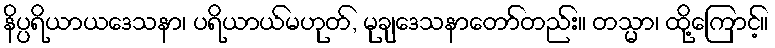
နိပ္ပရိယာယဒေသနာ၊ ပရိယာယ်မဟုတ်, မုချဒေသနာတော်တည်း။ တသ္မာ၊ ထို့ကြောင့်။